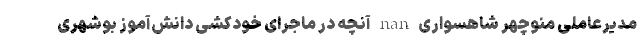
مدیرعاملی منوچهر شاهسواری nan آنچه در ماجرای خودکشی دانش‌آموز بوشهری